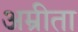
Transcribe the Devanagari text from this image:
अम्रीता